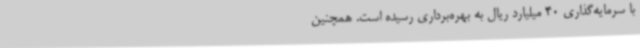
با سرمایه‌گذاری 40 میلیارد ریال به بهره‌برداری رسیده است. همچنین